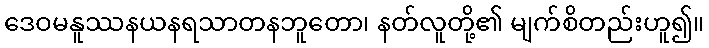
ဒေဝမနူဿနယနရသာတနဘူတော၊ နတ်လူတို့၏ မျက်စိတည်းဟူ၍။